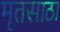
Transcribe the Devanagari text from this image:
मृतसाठा